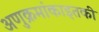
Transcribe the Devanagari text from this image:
अणुक्रमांकाइतकी